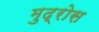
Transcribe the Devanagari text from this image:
मुद्रोस